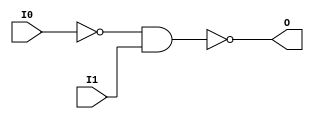
module NAND2B1 (O, I0, I1);

    output O;

    input  I0, I1;

    wire i0_inv;

    not N0 (i0_inv, I0);
    nand A1 (O, i0_inv, I1);


endmodule